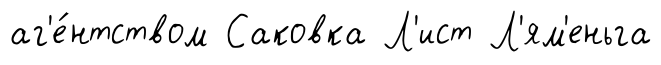
аг'е́нтством Саковка Л'ист Л'ям'еньга